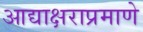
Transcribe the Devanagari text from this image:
आद्याक्षराप्रमाणे